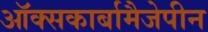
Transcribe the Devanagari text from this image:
ऑक्सकार्बामैजेपीन